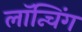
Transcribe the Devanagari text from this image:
लाॅन्चिंग